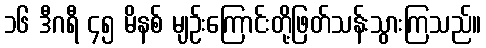
၁၆ ဒီဂရီ ၄၅ မိနစ် မျဉ်းကြောင်းတို့ဖြတ်သန်းသွားကြသည်။